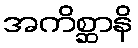
အကိစ္ဆာနိ